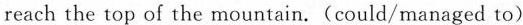
reach the top of the mountain.(could/managed to)